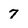
Character: 7